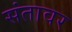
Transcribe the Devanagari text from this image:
संतावर